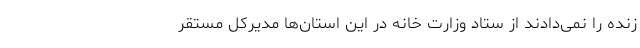
زنده را نمی‌دادند از ستاد وزارت خانه در این استان‌ها مدیرکل مستقر